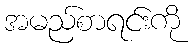
အမည်စာရင်းကို